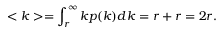
< k > = \int _ { r } ^ { \infty } k p ( k ) d k = r + r = 2 r .